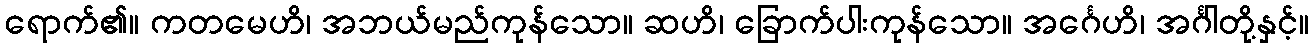
ရောက်၏။ ကတမေဟိ၊ အဘယ်မည်ကုန်သော။ ဆဟိ၊ ခြောက်ပါးကုန်သော။ အင်္ဂေဟိ၊ အင်္ဂါတို့နှင့်။